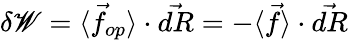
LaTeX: \delta\mathscr{W}=\langle{\vec{{f}}}_{op}\rangle\cdot{\vec{{dR}}}=-\langle{\vec{{f}}}\rangle\cdot{\vec{{dR}}}